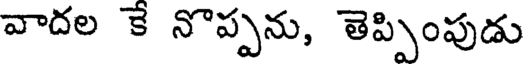
వాదల కే నొప్పను, తెప్పింపుడు